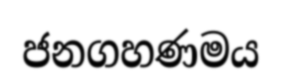
ජනගහණමය